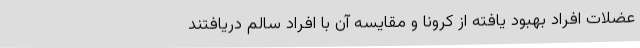
عضلات افراد بهبود یافته از کرونا و مقایسه آن با افراد سالم دریافتند